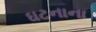
ઘટનાના